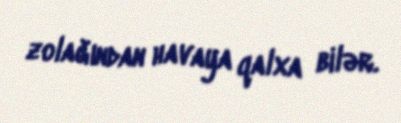
zolağından havaya qalxa bilər.